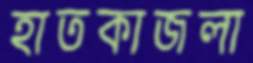
হাতকাজলা